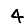
Digit: 4